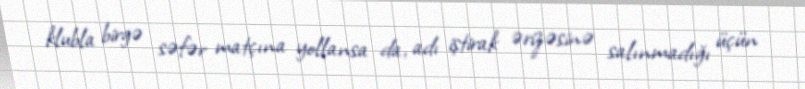
klubla birgə səfər matçına yollansa da, adı iştirak ərizəsinə salınmadığı üçün